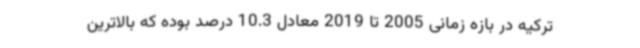
ترکیه در بازه زمانی 2005 تا 2019 معادل 10.3 درصد بوده که بالاترین